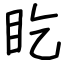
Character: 盵